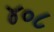
૪૦૮